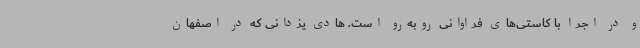
و در اجرا با کاستی‌های فراوانی روبه‌رو است. هادی یزدانی که در اصفهان